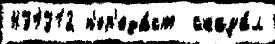
431312 п'ер'еда́ст  сказа́л